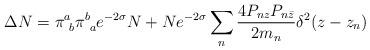
LaTeX: \begin{align*}\Delta N= \pi^a_{\ b}\pi^b_{\ a}e^{-2\sigma}N + Ne^{-2\sigma}\sum_n\frac{4P_{nz} P_{n \bar z}}{2 m_n}\delta^2(z - z_n)\end{align*}